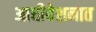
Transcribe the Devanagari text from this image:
आधीवेशनात